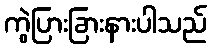
ကွဲပြားခြားနားပါသည်